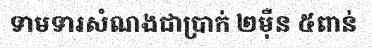
ទាមទារសំណងជាប្រាក់ ២ម៉ឺន ៥ពាន់